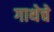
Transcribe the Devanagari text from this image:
गाथेचे